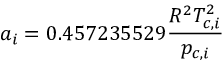
a _ { i } = 0 . 4 5 7 2 3 5 5 2 9 \frac { R ^ { 2 } T _ { c , i } ^ { 2 } } { p _ { c , i } }